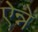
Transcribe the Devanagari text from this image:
ऐन्ने